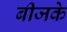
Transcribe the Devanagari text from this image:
बीजके